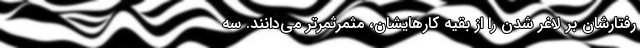
رفتارشان بر لاغر شدن را از بقیه کارهایشان، مثمرثمرتر می‌دانند. سه